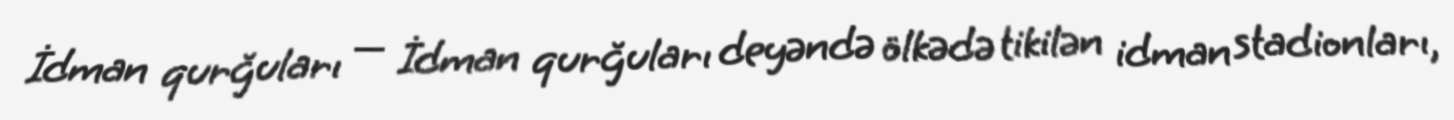
İdman qurğuları — İdman qurğuları deyəndə ölkədə tikilən idman stadionları,